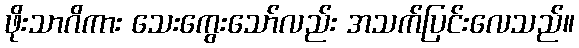
ဖိုးသာဂိကား သေးကွေးသော်လည်း အသက်ပြင်းလေသည်။